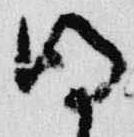
明